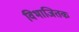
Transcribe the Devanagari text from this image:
विभाजितक